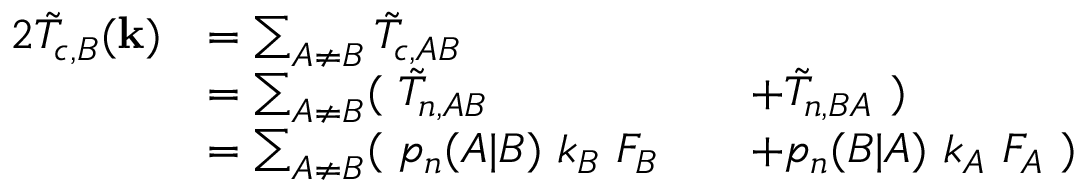
\begin{array} { r l r l } { { 2 } \tilde { T } _ { c , B } ( \mathbf { k } ) } & { = \sum _ { A \neq B } \tilde { T } _ { c , A B } } & & { } \\ & { = \sum _ { A \neq B } ( \ \tilde { T } _ { n , A B } } & & { + \tilde { T } _ { n , B A } \ ) } \\ & { = \sum _ { A \neq B } ( \ p _ { n } ( A | B ) \ k _ { B } \ F _ { B } } & & { + p _ { n } ( B | A ) \ k _ { A } \ F _ { A } \ ) } \end{array}